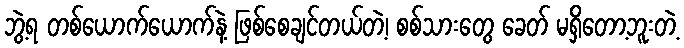
ဘွဲ့ရ တစ်ယောက်ယောက်နဲ့ ဖြစ်စေချင်တယ်တဲ့၊ စစ်သားတွေ ခေတ် မရှိတော့ဘူးတဲ့